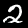
Digit: 2